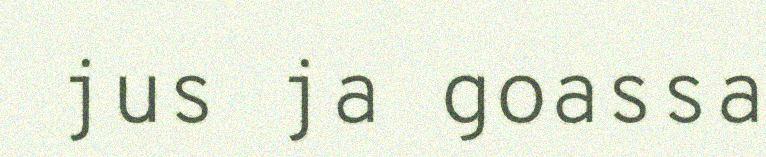
jus ja goassa